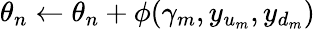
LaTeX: \theta_{n}\gets\theta_{n}+\phi(\gamma_{m},y_{u_{m}},y_{d_{m}})